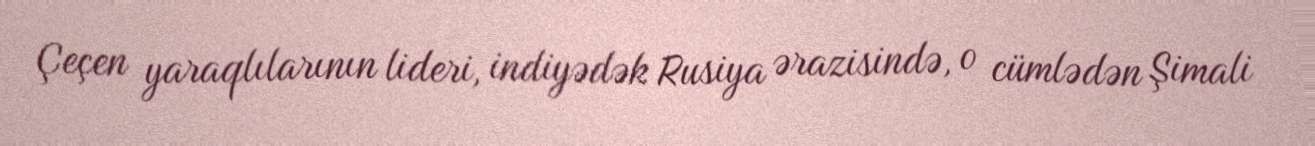
Çeçen yaraqlılarının lideri, indiyədək Rusiya ərazisində, o cümlədən Şimali